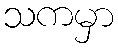
သကမှာ